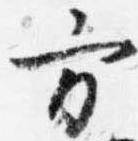
方